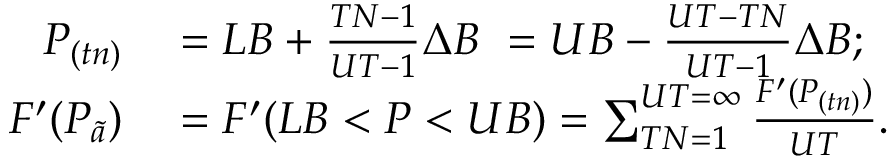
\begin{array} { r l } { P _ { ( t n ) } } & { { } = L B + { \frac { T N - 1 } { U T - 1 } } \Delta B \ = U B - { \frac { U T - T N } { U T - 1 } } \Delta B ; } \\ { F ^ { \prime } ( P _ { \tilde { a } } ) } & { { } = F ^ { \prime } ( L B < P < U B ) = \sum _ { T N = 1 } ^ { U T = \infty } { \frac { F ^ { \prime } ( P _ { ( t n ) } ) } { U T } } . } \end{array}